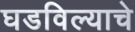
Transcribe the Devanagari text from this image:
घडविल्याचे